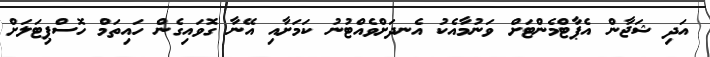
އަދި ޝަޖާން އެޕާޓްމެންޓަށް ވަނުމާއެކު އެނދަށްވެއްޓުނު ކަމަށާއި އޭނާ ގޮވައިގެން ހައިތަމް ހޮސްޕިޓަލަށް